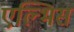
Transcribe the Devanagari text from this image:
एल्भिस